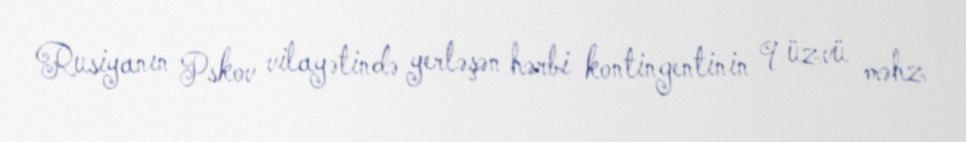
Rusiyanın Pskov vilayətində yerləşən hərbi kontingentinin 9 üzvü məhz